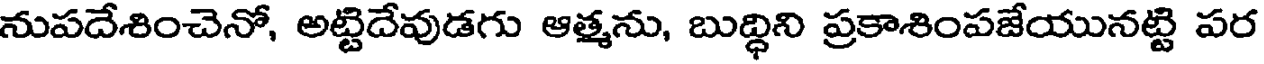
నుపదేశించెనో, అట్టిదేవుడగు ఆత్మను, బుద్ధిని ప్రకాశింపజేయునట్టి పర